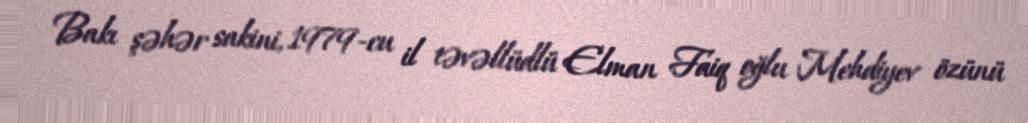
Bakı şəhər sakini, 1979-cu il təvəllüdlü Elman Faiq oğlu Mehdiyev özünü